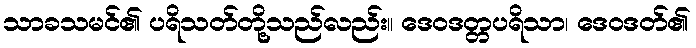
သာခသမင်၏ ပရိသတ်တို့သည်လည်း။ ဒေဝဒတ္တပရိသာ၊ ဒေဝဒတ်၏